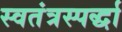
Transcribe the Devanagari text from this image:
स्वतंत्रस्पर्द्धा